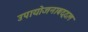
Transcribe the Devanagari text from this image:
उपायोजनाबद्दल